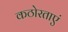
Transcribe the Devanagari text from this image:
कठोरताएं